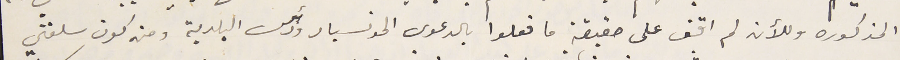
المذكوره وللآن لم اقف على حقيقة ما فعلوا بالدعوى المونسيار ورئيس البلدية ومن كون سلفتي